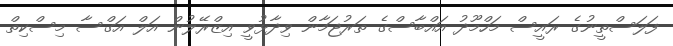
ފަލަސްތީނުގެ ރައީސް މަހްމޫދު އައްބާސްގެ ތަރުޖަމާން ވިދާޅުވީ އިޒްރޭލުން އަލް އަގްސާ މިސްކިތް